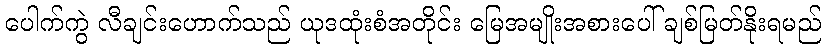
ပေါက်ကွဲ လီချင်းဟောက်သည် ယုဒထုံးစံအတိုင်း မြေအမျိုးအစားပေါ် ချစ်မြတ်နိုးရမည်